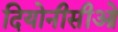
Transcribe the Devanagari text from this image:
दियोनीसीओ